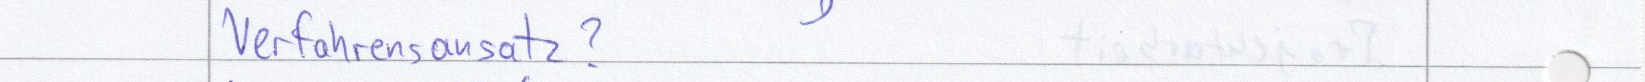
Verfahrensansatz?